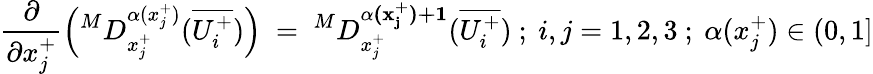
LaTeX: \frac{\partial}{\partial x_{j}^{+}}\left(^MD_{x_{j}^{+}}^{\alpha(x_{j}^{+})}(\overline{{U_{i}^{+}}})\right)~=~^{M}D_{x_{j}^{+}}^{\mathbf{{\alpha(x_{j}^{+})+1}}}(\overline{{U_{i}^{+}}})~;~i,j=1,2,3~;~\alpha(x_{j}^{+})\in(0,1]